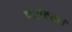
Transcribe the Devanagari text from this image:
परांवठा।